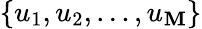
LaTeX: \{ u_{1},u_{2},...,u_{\mathbf{M}}\}